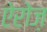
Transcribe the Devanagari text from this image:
ऐरोज़